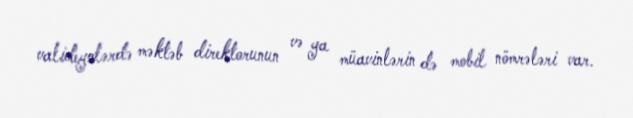
valideynlərdə məktəb direktorunun və ya müavinlərin də mobil nömrələri var.